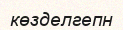
көзделгепн